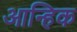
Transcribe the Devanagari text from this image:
आन्हिक